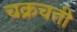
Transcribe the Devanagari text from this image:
चक्रचती